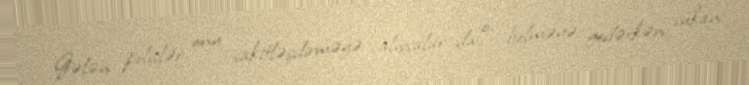
Gələn polislər onu sakitləşdirməyə çalışsalar da o, bölməyə gedərkən sükan